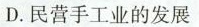
D.民营手工业的发展